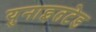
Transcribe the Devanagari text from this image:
युनाइतटेड